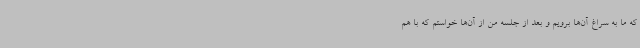
که ما به سراغ آن‌ها برویم و بعد از جلسه من از آن‌ها خواستم که با هم